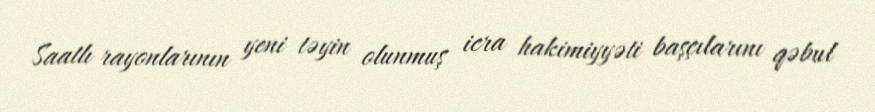
Saatlı rayonlarının yeni təyin olunmuş icra hakimiyyəti başçılarını qəbul